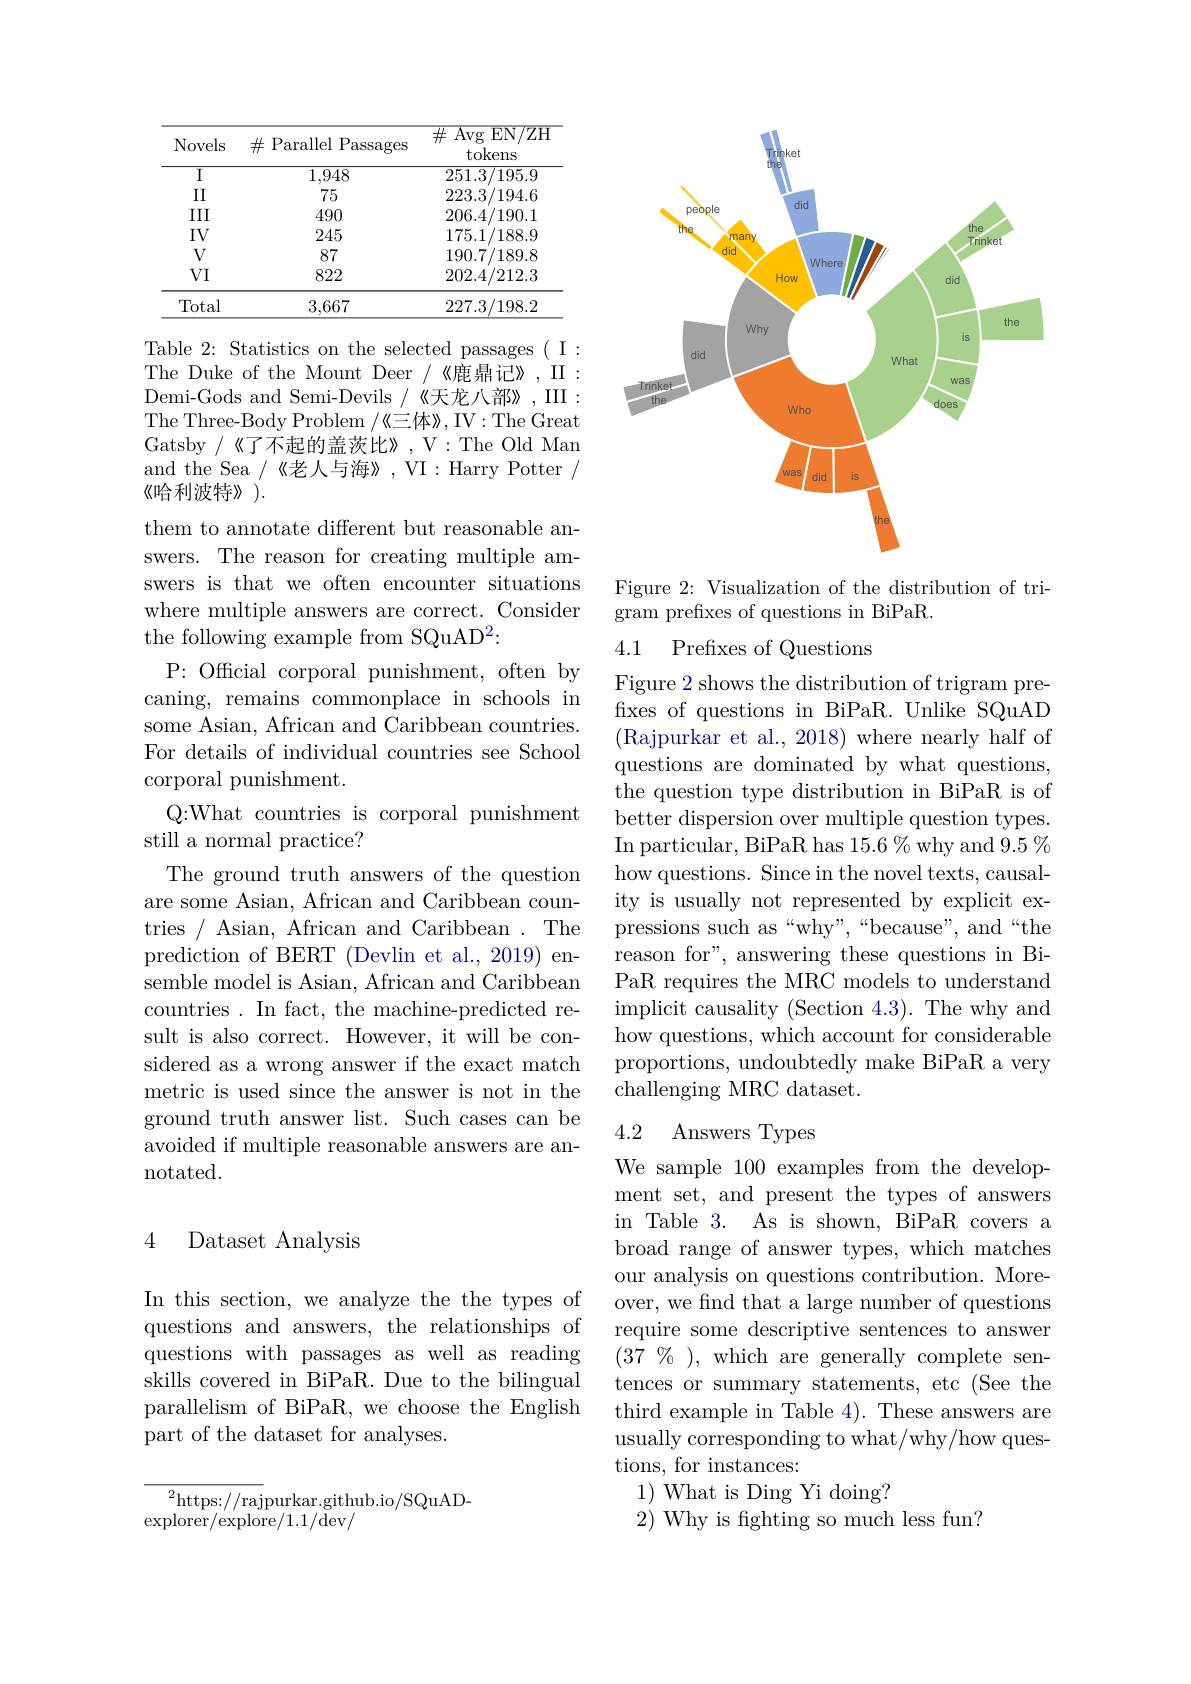
<table>
	<tbody>
		<tr>
			<th>Novels</th>
			<th>$\#$Parallel Passages</th>
			<th>井 $E$ $\overline {E\:\mathrm{Avg}}$ $\operatorname{EN/ZH}$ tokens</th>
		</tr>
		<tr>
			<td>$\overline{\mathrm{I}}$</td>
			<td>1,948</td>
			<td>251.3/195.9</td>
		</tr>
		<tr>
			<td>II</td>
			<td>75</td>
			<td>223.3/194.6</td>
		</tr>
		<tr>
			<td>III</td>
			<td>490</td>
			<td>206.4/190.1</td>
		</tr>
		<tr>
			<td>IV</td>
			<td>245</td>
			<td>175.1/188.9</td>
		</tr>
		<tr>
			<td>$V$</td>
			<td>87</td>
			<td>190.7/189.8</td>
		</tr>
		<tr>
			<td>$VI$</td>
			<td>822</td>
			<td>202.4/212.3</td>
		</tr>
		<tr>
			<td>Total</td>
			<td>3,667</td>
			<td>227.3/198.2</td>
		</tr>
	</tbody>
</table>

Table 2: Statistics on the selected passages ( I : The Duke of the Mount Deer/《鹿鼎记》,II: Demi-Gods and Semi-Devils /《天龙八部》,III: The Three-Body Problem /《三体》, IV: The Great Gatsby /《了不起的盖茨比》,V:The Old Man and the Sea /《老人与海》, VI: Harry Potter / $\langle$哈利波特》$\rangle.$
them to annotate different but reasonable answers. The reason for creating multiple amswers is that we often encounter situations where multiple answers are correct. Consider the following example from SQuAD^2:
P: Official corporal punishment, often by caning, remains commonplace in schools in some Asian, African and Caribbean countries. For details of individual countries see School corporal punishment.
Q:What countries is corporal punishment
still a normal practice?
The ground truth answers of the question are some Asian, African and Caribbean countries / Asian, African and Caribbean . The prediction of BERT (Devlin et al., 2019) ensemble model is Asian, African and Caribbean countries. In fact, the machine-predicted result is also correct. However, it will be considered as a wrong answer if the exact match metric is used since the answer is not in the ground truth answer list. Such cases can be avoided if multiple reasonable answers are annotated.

### 4 Dataset Analysis

In this section, we analyze the the types of questions and answers, the relationships of questions with passages as well as reading $\dot{\text{skills covered in BiPaR. Due to the bilingual}}$ parallelism of BiPaR, we choose the English part of the dataset for analyses.

${\overline{{^2}\mathrm{https:}//\mathrm{raj}}}$purkar.github.io/SQuAD-
$\operatorname{explorer}/\operatorname{explore}/1.1/\bar{\mathrm{dev}}/$

<FigureHere>

Figure 2: Visualization of the distribution of tri-
$\bar{\text{gram prefixes of questions in BiPaR.}}$

### 4.1 Prefixes of Questions

Figure 2 shows the distribution of trigram prefixes of questions in BiPaR. Unlike SQuAD (Rajpurkar et al., 2018) where nearly half of questions are dominated by what questions, the question type distribution in BiPaR is of better dispersion over multiple question types. In particular, BiPaR has $15.6\%$ why and $9.5\%$ how questions. Since in the novel texts, causality is usually not represented by explicit expressions such as“why”,“because”,“and“the reason for", answering these questions in BiPaR requires the MRC models to understand implicit causality (Section 4.3). The why and how questions, which account for considerable proportions, undoubtedly make BiPaR a very challenging MRC dataset.

## 4.2 Answers Types

We sample 100 examples from the development set, and present the types of answers in Table 3. As is shown, BiPaR covers a broad range of answer types, which matches our analysis on questions contribution. Moreover, we find that a large number of questions require some descriptive sentences to answer $(37\%)$,which are generally complete sentences or summary statements, etc (See the third example in Table 4). These answers are usually corresponding to what/why/how questions, for instances:
1) What is Ding Yi doing?
2) Why is fighting so much less fun?